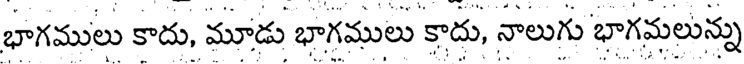
భాగములు కాదు, మూడు భాగములు కాదు, నాలుగు భాగమలున్ను